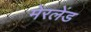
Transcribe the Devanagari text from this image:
मेरलेंड